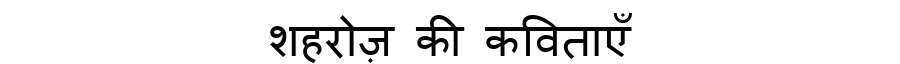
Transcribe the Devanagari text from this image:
शहरोज़ की कविताएँ